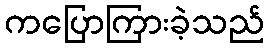
ကပြောကြားခဲ့သည်